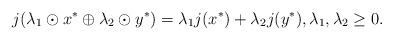
LaTeX: \begin{align*}j(\lambda_1\odot x^*\oplus \lambda_2\odot y^*)=\lambda_1 j(x^*)+\lambda_2 j(y^*),\lambda_1,\lambda_2\geq 0.\end{align*}